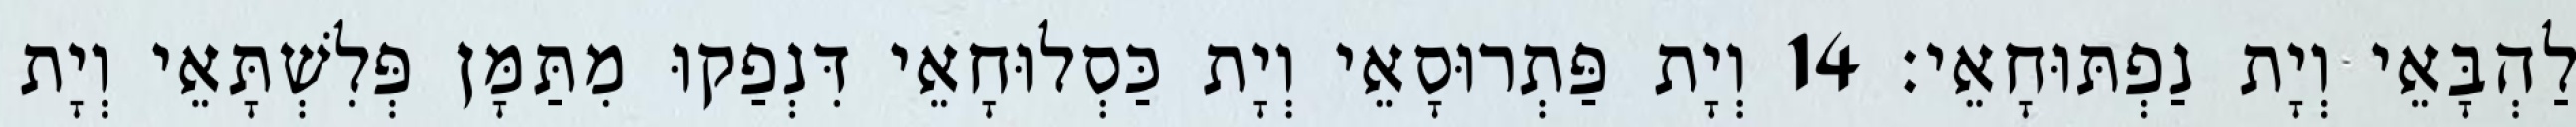
לַהְבָּאֵי וְיָת נַפְתּוּחָאֵי׃ 14 וְיָת פַּתְרוּסָאֵי וְיָת כַּסְלוּחָאֵי דִּנְפַקוּ מִתַּמָּן פְּלִשְׁתָּאֵי וְיָת